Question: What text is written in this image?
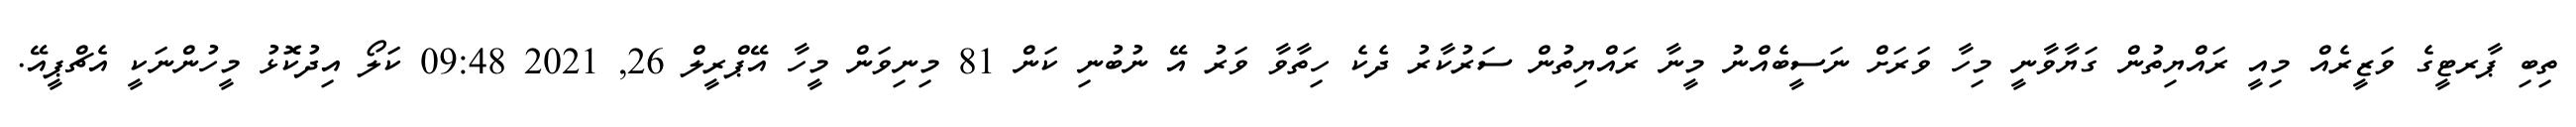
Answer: ތިބި ޕާރޓީގެ ވަޒީރެއް މިއީ ރައްޔިތުން ގަޔާވާނީ މިހާ ވަރަށް ނަސީބެއްނު މީނާ ރައްޔިތުން ސަރުކާރު ދެކެ ހިތާވާ ވަރު އޭ ނުބުނި ކަން 81 މިނިވަން މީހާ އޭޕްރީލް 26, 2021 09:48 ކަލޯ އިދުކޮޅު މީހުންނަކީ އެޗްޕީއޭ.